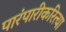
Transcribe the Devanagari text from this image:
पारंपारीकरित्या